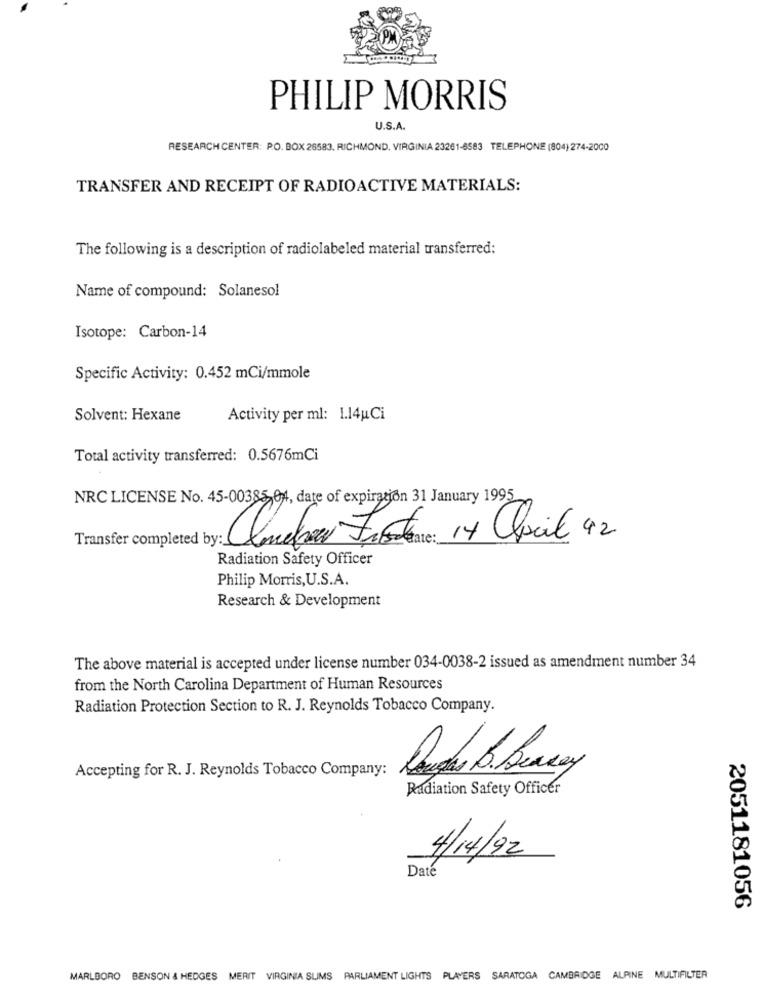
PHILIP MORRIS
U.S.A.
RESEARCH CENTER: P.O. BOX 26583. RICHMOND, VIRGINIA 23261-6583 TELEPHONE (804) 274-2000
TRANSFER AND RECEIPT OF RADIOACTIVE MATERIALS:
The following is a description of radiolabeled material transferred:
Name of compound: Solanesol
Isotope: Carbon-14
Specific Activity: 0.452 mCi/mmole
Solvent: Hexane
Activity per ml: 1.14uCi
Total activity transferred: 0.5676mCi
NRC LICENSE No. 45-00385 01, date of expiration 31 January 1995
Clonelara Fraterne: 14 avril 42
Radiation Safety Officer
Philip Morris,U.S.A.
Research & Development
The above material is accepted under license number 034-0038-2 issued as amendment number 34
from the North Carolina Department of Human Resources
Radiation Protection Section to R. J. Reynolds Tobacco Company.
Accepting for R. J. Reynolds Tobacco Company:
Radiation Safety Officer
4/14/22
Date
2051181056
MARLBORO BENSON & HEDGES MERIT VIRGINIA SLIMS PARLIAMENT LIGHTS PLAYERS SARATOGA CAMBRIDGE ALPINE MULTIFILTER